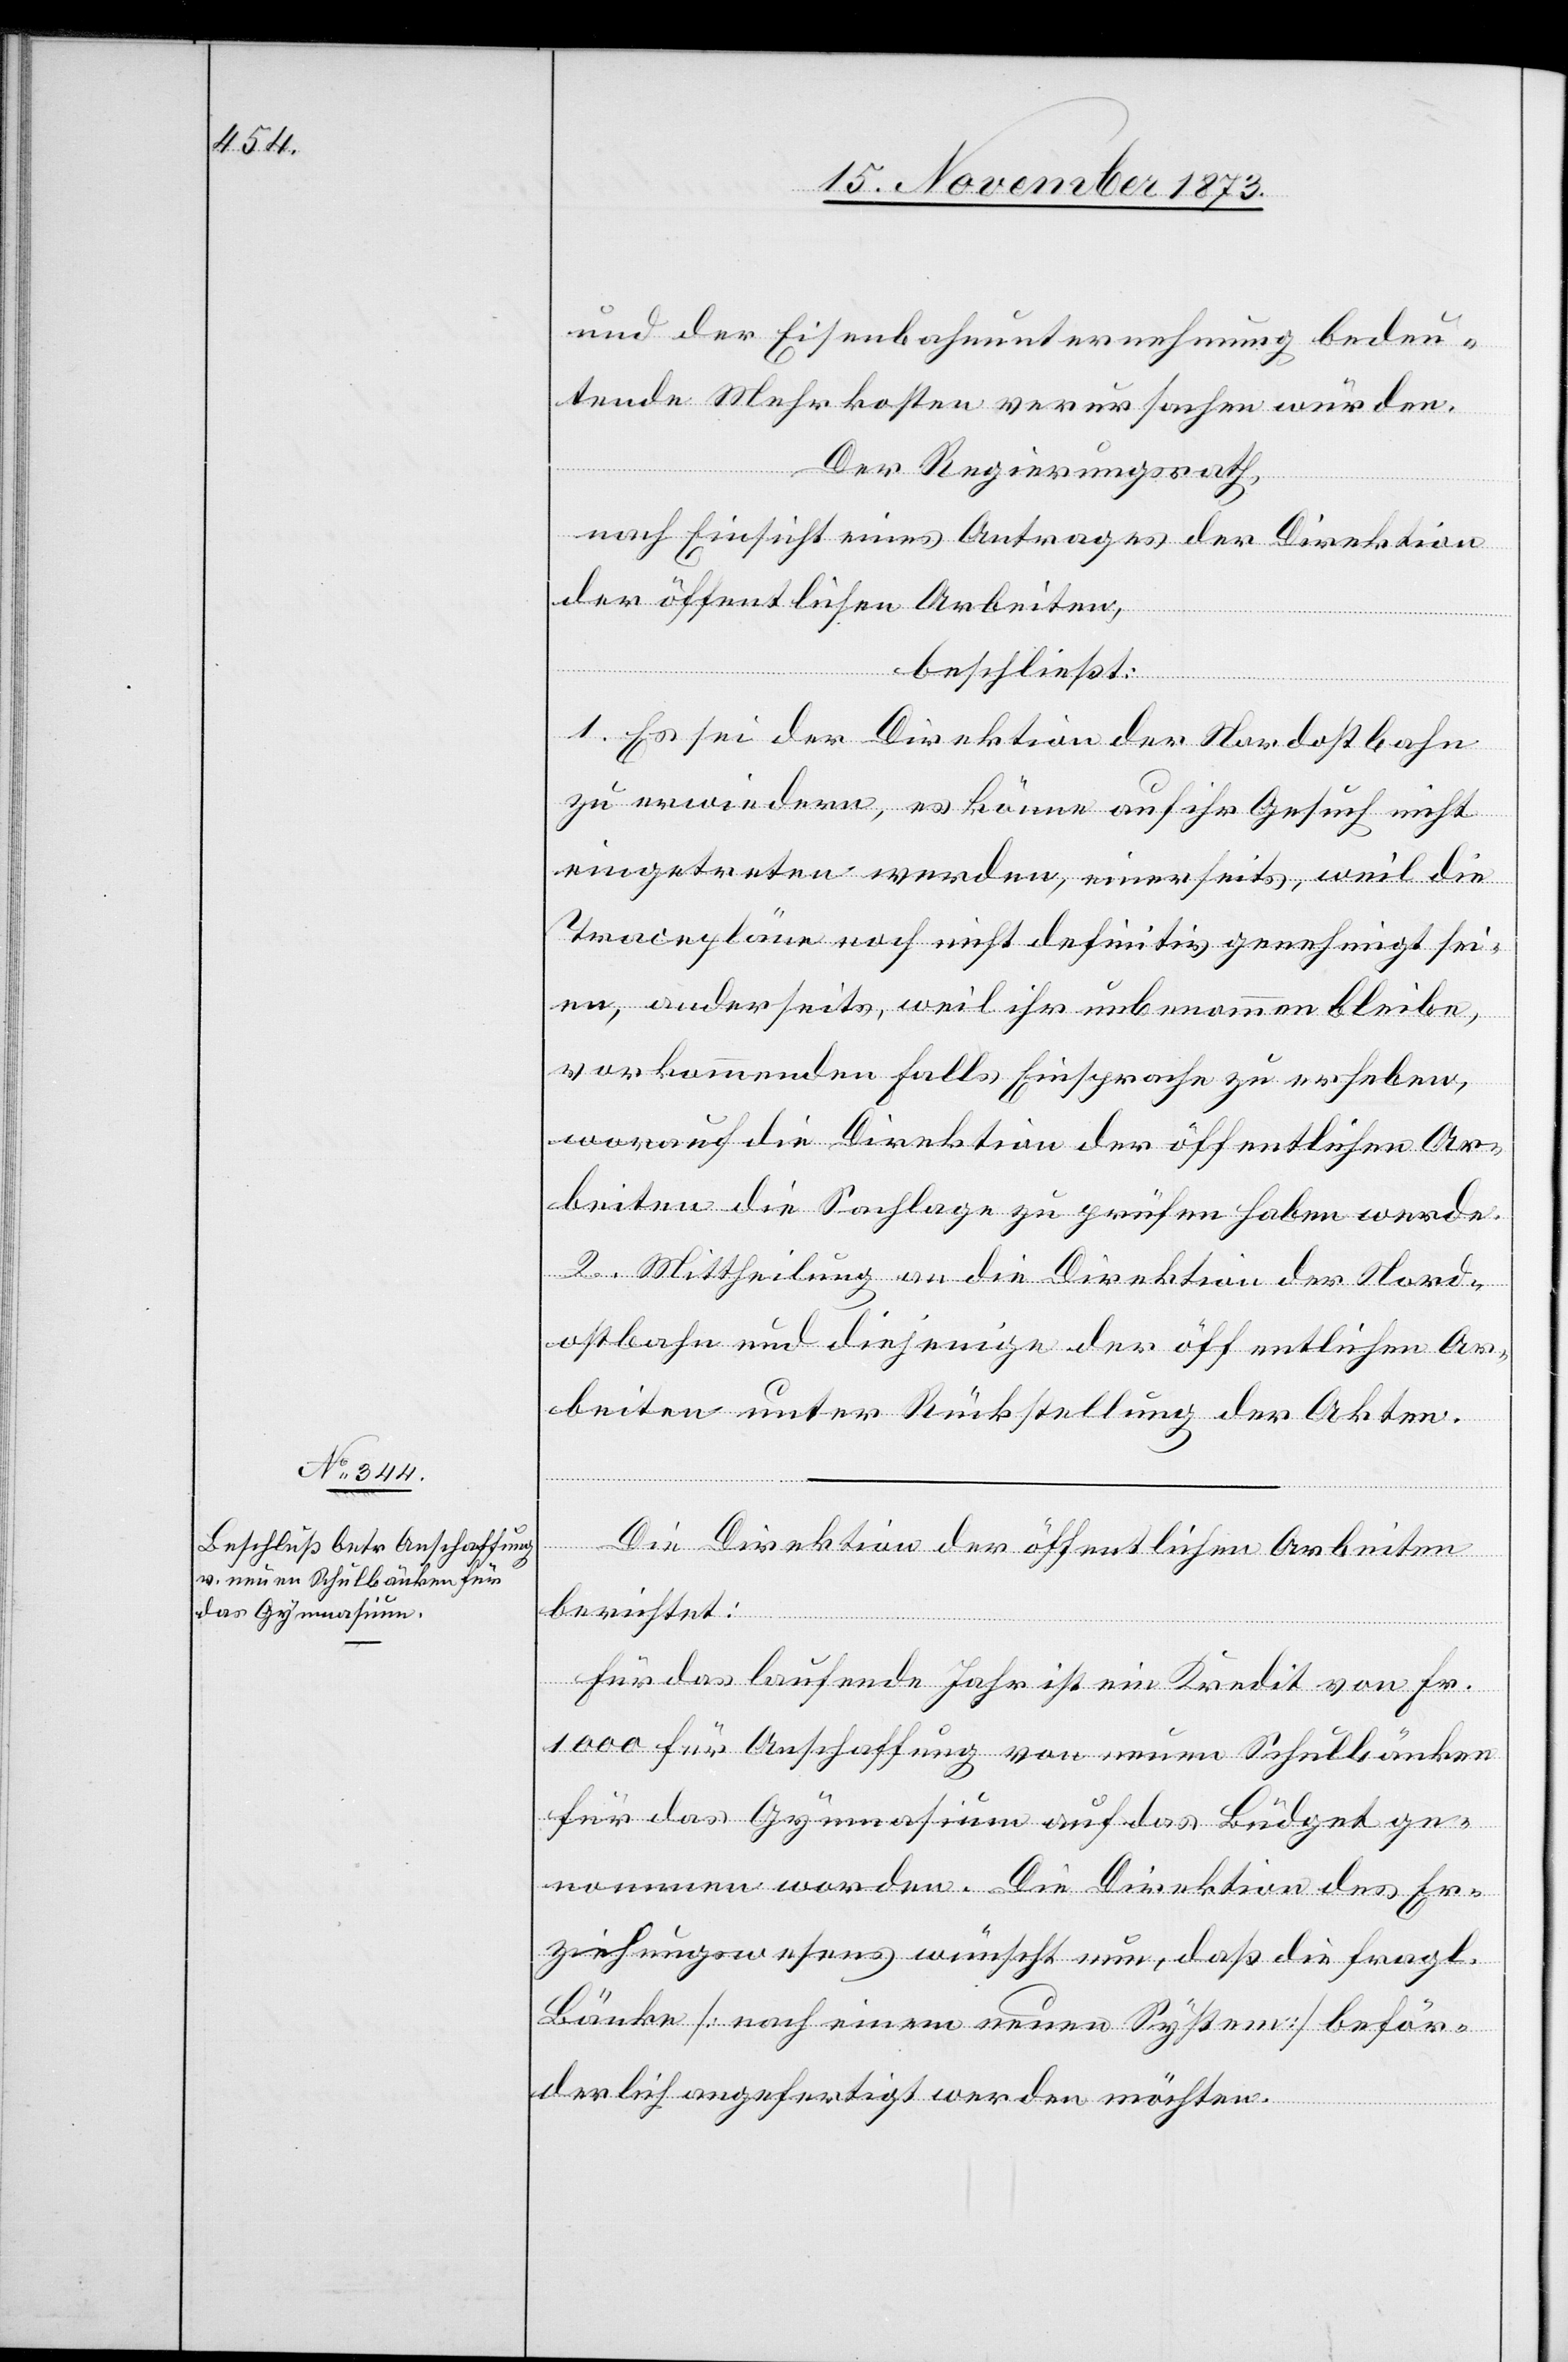
und der Eisenbahnunternehmung bedeu¬
tende Mehrkosten verursachen würden.
Der Regierungsrath,
nach Einsicht eines Antrages der Direktion
der öffentlichen Arbeiten,
beschließt:
1. Es sei der Direktion der Nordostbahn
zu erwiedern, es könne auf ihr Gesuch nicht
eingetreten werden, einerseits, weil die
Tracepläne noch nicht definitiv genehmigt sei¬
en, anderseits, weil ihr unbenommen bleibe,
vorkommenden Falls Einsprache zu erheben,
worauf die Direktion der öffentlichen Ar¬
beiten die Sachlage zu prüfen haben werde.
2. Mittheilung an die Direktion der Nord¬
ostbahn und diejenige der öffentlichen Ar¬
beiten unter Rückstellung der Akten.
Die Direktion der öffentlichen Arbeiten
berichtet:
Für das laufende Jahr ist ein Kredit von Fr.
1 000 für Anschaffung von neuen Schulbänken
für das Gymnasium auf das Büdget ge¬
nommen worden. Die Direktion des Er¬
ziehungswesens wünscht nun, daß die fragl.
Bänke [nach einem neuen System] beför¬
derlich angefertigt werden möchten.